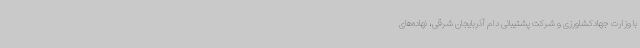
با وزارت جهادکشاورزی و شرکت پشتیبانی دام آذربایجان شرقی، نهاده‌های